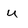
Character: u